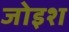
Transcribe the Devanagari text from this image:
जोइश